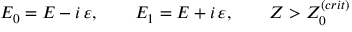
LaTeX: E _ { 0 } = E - i \, \varepsilon , \ \ \ \ \ \ E _ { 1 } = E + i \, \varepsilon , \ \ \ \ \ \ Z > Z _ { 0 } ^ { ( c r i t ) }